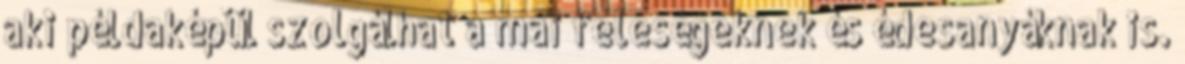
aki példaképül szolgálhat a mai feleségeknek és édesanyáknak is.